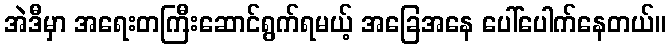
အဲဒီမှာ အရေးတကြီးဆောင်ရွက်ရမယ့် အခြေအနေ ပေါ်ပေါက်နေတယ်။